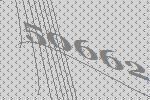
50662